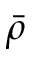
\bar { \rho }